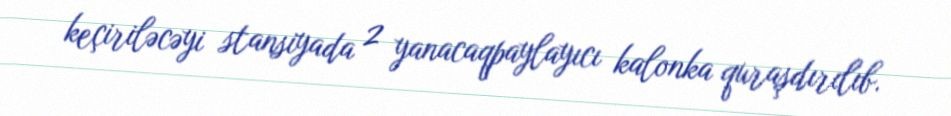
keçiriləcəyi stansiyada 2 yanacaqpaylayıcı kalonka quraşdırılıb.